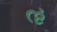
ઌ